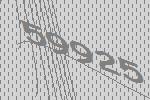
59925